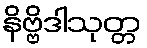
နိဗ္ဗိဒါသုတ္တ